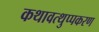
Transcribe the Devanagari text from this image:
कथावत्थुप्पकरण